Annual report of lunatic asylums [Bombay] - 1912-1922
Year: 1912
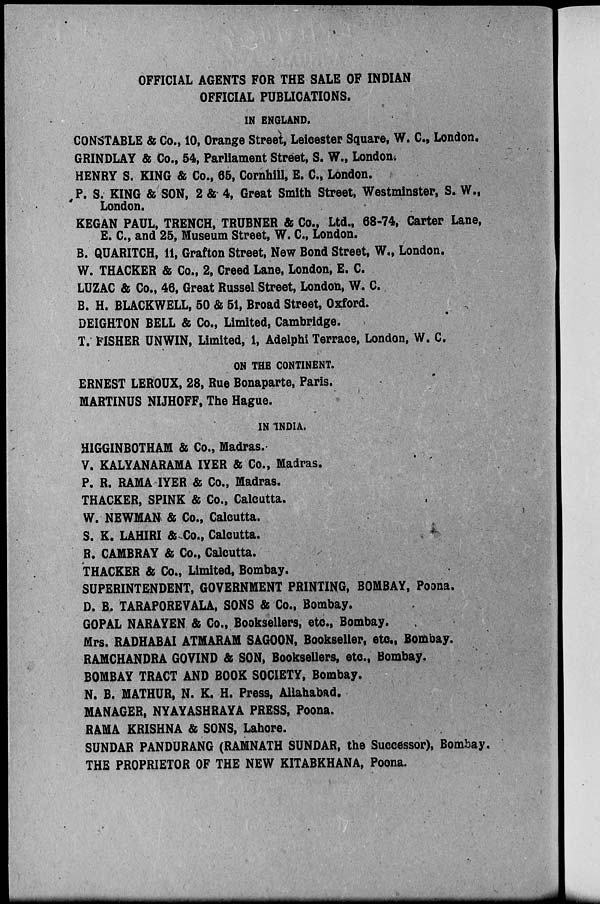
OFFICIAL AGENTS FOR THE SALE OF INDIAN
OFFICIAL PUBLICATIONS.
IN ENGLAND.
CONSTABLE & Co., 10, Orange Street, Leicester Square, W. C, London.
GRINDLAY & Co., 54, Parliament Street, S. W., London.
HENRY S. KING & Co., 65, Cornhill, E. C, London.
P. S. KING & SON, 2 & 4, Great Smith Street, Westminster, S. W.,
London.
KEGAN PAUL, TRENCH, TRUBNER & Co., Ltd., 68-74, Carter Lane,
E. C, and 25, Museum Street, W. C, London.
B. QUARITCH, 11, Grafton Street, New Bond Street, W., London.
W. THACKER & Co., 2, Creed Lane, London, E. C.
LUZAC & Co., 46, Great Russel Street, London, W. C.
B. H. BLACKWELL, 50 & 51, Broad Street, Oxford.
DEIGHTON BELL & Co., Limited, Cambridge.
T. FISHER UNWIN, Limited, 1, Adelphi Terrace, London, W. C.
ON THE CONTINENT.
ERNEST LEROUX, 28, Rue Bonaparte, Paris.
MARTINUS NIJHOFF, The Hague.
IN INDIA.
HIGGINBOTHAM & Co., Madras.
V. KALYANARAMA IYER & Co., Madras.
P. R. RAMA IYER & Co., Madras.
THACKER, SPINK & Co., Calcutta.
W. NEWMAN & Co., Calcutta.
S. K. LAHIRI & Co., Calcutta.
R. CAMBRAY & Co., Calcutta.
THACKER & Co., Limited, Bombay.
SUPERINTENDENT, GOVERNMENT PRINTING, BOMBAY, Poona.
D. B. TARAPOREVALA, SONS & Co., Bombay.
GOPAL NARAYEN & Co., Booksellers, etc., Bombay.
Mrs. RADHABAI ATMARAM SAGOON, Bookseller, etc., Bombay.
RAMCHANDRA GOVIND & SON, Booksellers, etc., Bombay.
BOMBAY TRACT AND BOOK SOCIETY, Bombay.
N. B. MATHUR, N. K. H. Press, Allahabad.
MANAGER, NYAYASHRAYA PRESS, Poona.
RAMA KRISHNA & SONS, Lahore.
SUNDAR PANDURANG (RAMNATH SUNDAR, the Successor), Bombay.
THE PROPRIETOR OF THE NEW KITABKHANA, Poona.